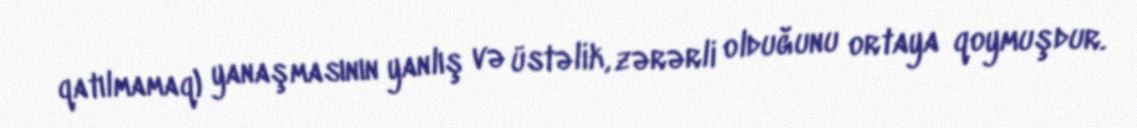
qatılmamaq) yanaşmasının yanlış və üstəlik, zərərli olduğunu ortaya qoymuşdur.